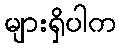
များရှိပါက